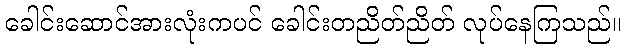
ခေါင်းဆောင်အားလုံးကပင် ခေါင်းတညိတ်ညိတ် လုပ်နေကြသည်။